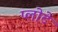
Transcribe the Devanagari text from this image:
प्लोटे